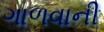
ગાળવાની